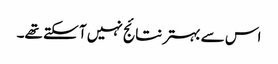
اس سے بہتر نتائج نہیں آ سکتے تھے۔